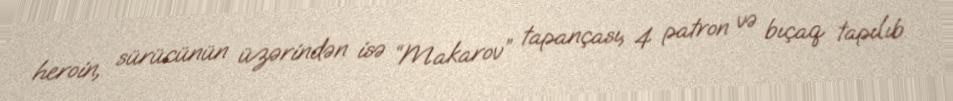
heroin, sürücünün üzərindən isə “Makarov” tapançası, 4 patron və bıçaq tapılıb.